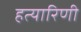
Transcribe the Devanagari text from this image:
हत्यारिणी